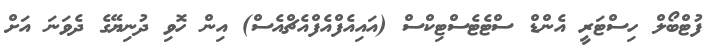
ފުޓްބޯލް ހިސްޓަރީ އެންޑް ސްޓެޓެސްޓިކްސް (އައިއެފްއެފްއެޗްއެސް) އިން ހޮވި ދުނިޔޭގެ ދެވަނަ އަށް